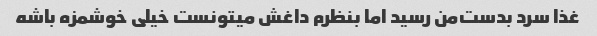
غذا سرد بدست‌من رسید اما بنظرم داغش میتونست خیلی خوشمزه باشه